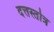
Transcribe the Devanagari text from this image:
दत्तस्तोत्र